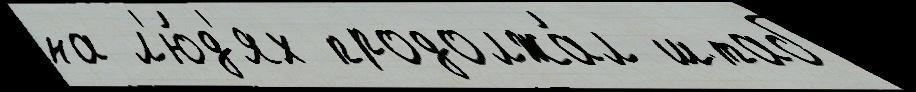
на л'ю́д'ях продолжа́л штаб